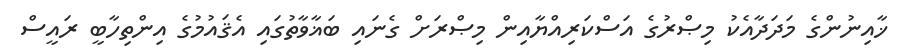
ޚާއިނުންގެ މަދަދާއެކު މިޞްރުގެ އަސްކަރިއްޔާއިން މިޞްރަށް ގެނައި ބަޣާވާތުގައި އެޤައުމުގެ އިންތިހާބީ ރައީސް